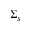
\Sigma _ { s }